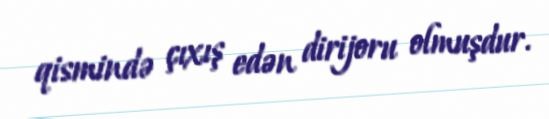
qismində çıxış edən dirijoru olmuşdur.